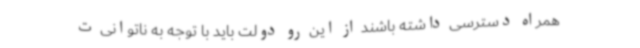
همراه دسترسی داشته باشند از این رو دولت باید با توجه به ناتوانی ت